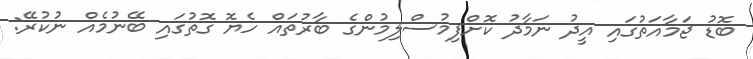
ބޮޑު ޖަމާއަތުގައި އީދު ނަމާދު ކޮށްފިމުސްލިމުންގެ ބާރުތައް ހެޔޮ ގޮތުގައި ބޭނުމެއް ނުކުރޭ: